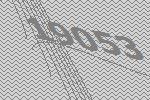
19053